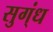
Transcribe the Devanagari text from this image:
सुग्ंध